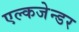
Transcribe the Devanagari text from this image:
एल्कजेन्डर